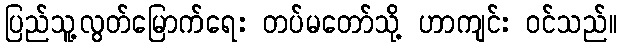
ပြည်သူ့လွတ်မြောက်ရေး တပ်မတော်သို့ ဟာကျင်း ဝင်သည်။